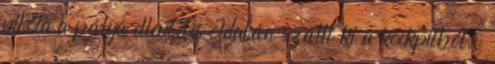
pilóta a pálya ellentétes oldalán szállt ki a kockpitból,